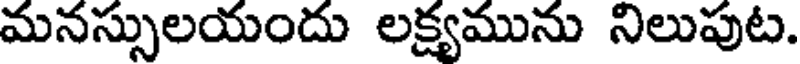
మనస్సులయందు లక్ష్యమును నిలుపుట.